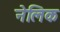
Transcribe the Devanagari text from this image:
नेलिक